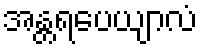
အန္တရပေယျာလံ